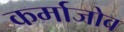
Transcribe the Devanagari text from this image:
कर्माजोव